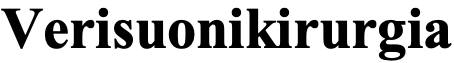
Verisuonikirurgia